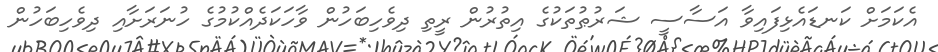
އެކަމަށް ކަނޑައެޅިފައިވާ އަސާސީ ޝަރުޠުތަކުގެ އިތުރުން ރީތި ދިވެހިބަހުން ވާހަކަދެއްކުމުގެ ހުނަރަށާއި ދިވެހިބަހުން